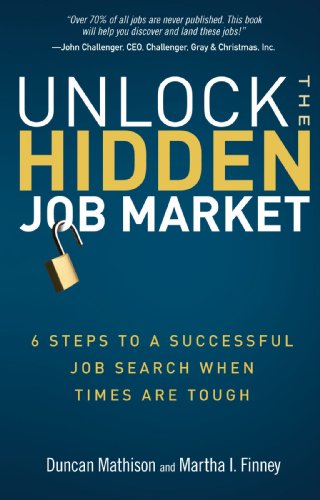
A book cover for Unlock the Hidden Job Market: 6 Steps to a Successful Job Search When Times Are Tough; Duncan Mathison; Business & Money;